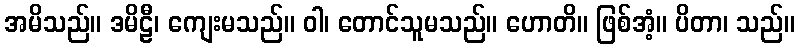
အမိသည်။ ဒမိဠီ၊ ကျေးမသည်။ ဝါ၊ တောင်သူမသည်။ ဟောတိ။ ဖြစ်အံ့။ ပိတာ၊ သည်။